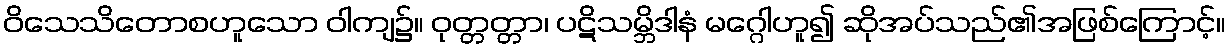
ဝိသေသိတောစဟူသော ဝါကျ၌။ ဝုတ္တတ္တာ၊ ပဋိသမ္ဘိဒါနံ မဂ္ဂေါဟူ၍ ဆိုအပ်သည်၏အဖြစ်ကြောင့်။